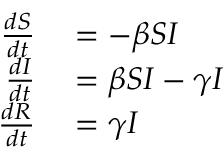
\begin{array} { r l } { { \frac { d S } { d t } } } & { { } = - \beta S I } \\ { { \frac { d I } { d t } } } & { { } = \beta S I - \gamma I } \\ { { \frac { d R } { d t } } } & { { } = \gamma I } \end{array}